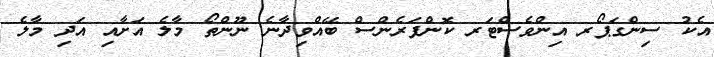
އެކު ސިންގަޕޯރ އިންވެސްޓަރ ކޮންފަރެންސް ބޭއްވިދާނެ ނޫންތޯ މާލެ އަށާއި އަދި މާލެ